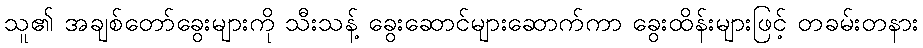
သူ၏ အချစ်တော်ခွေးများကို သီးသန့် ခွေးဆောင်များဆောက်ကာ ခွေးထိန်းများဖြင့် တခမ်းတနား